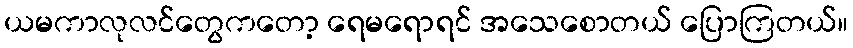
ယမကာလုလင်တွေကတော့ ရေမရောရင် အသေစောတယ် ပြောကြတယ်။